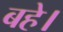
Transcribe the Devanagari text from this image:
बहे।